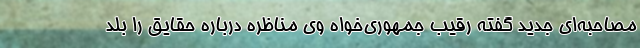
مصاحبه‌ای جدید گفته رقیب جمهو‌ری‌خواه وی مناظره درباره حقایق را بلد